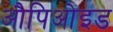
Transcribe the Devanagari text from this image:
औपिओइड